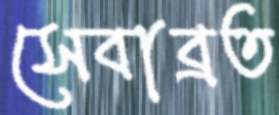
সেবাব্রত